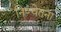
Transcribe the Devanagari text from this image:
निष्चेतना